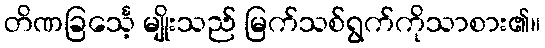
တိဏခြင်္သေ့ မျိုးသည် မြက်သစ်ရွက်ကိုသာစား၏။